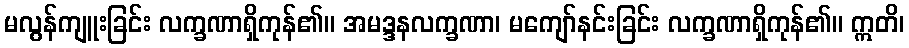
မလွန်ကျူးခြင်း လက္ခဏာရှိကုန်၏။ အမဒ္ဒနလက္ခဏာ၊ မကျော်နင်းခြင်း လက္ခဏာရှိကုန်၏။ ဣတိ၊